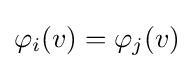
\varphi _{i}(v)=\varphi _{j}(v)